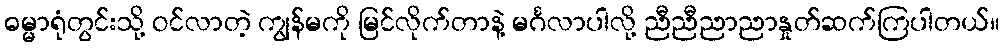
ဓမ္မာရုံတွင်းသို့ ဝင်လာတဲ့ ကျွန်မကို မြင်လိုက်တာနဲ့ မင်္ဂလာပါလို့ ညီညီညာညာနှုတ်ဆက်ကြပါတယ်။